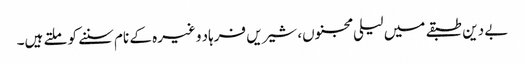
بے دین طبقے میں لیلی مجنوں، شیریں فرہاد وغیرہ کے نام سننے کو ملتے ہیں۔